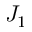
J _ { 1 }